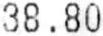
38.80